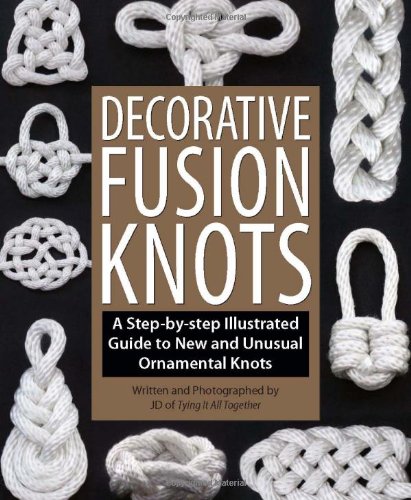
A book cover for Decorative Fusion Knots: A Step-by-Step Illustrated Guide to New and Unusual Ornamental Knots; J. D. Lenzen; Crafts, Hobbies & Home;